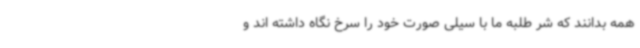
همه بدانند که شر طلبه ما با سیلی صورت خود را سرخ نگاه داشته اند و